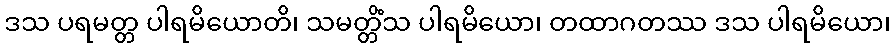
ဒသ ပရမတ္တ ပါရမိယောတိ၊ သမတ္တိံသ ပါရမိယော၊ တထာဂတဿ ဒသ ပါရမိယော၊